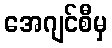
အေဂျင်စီမှ